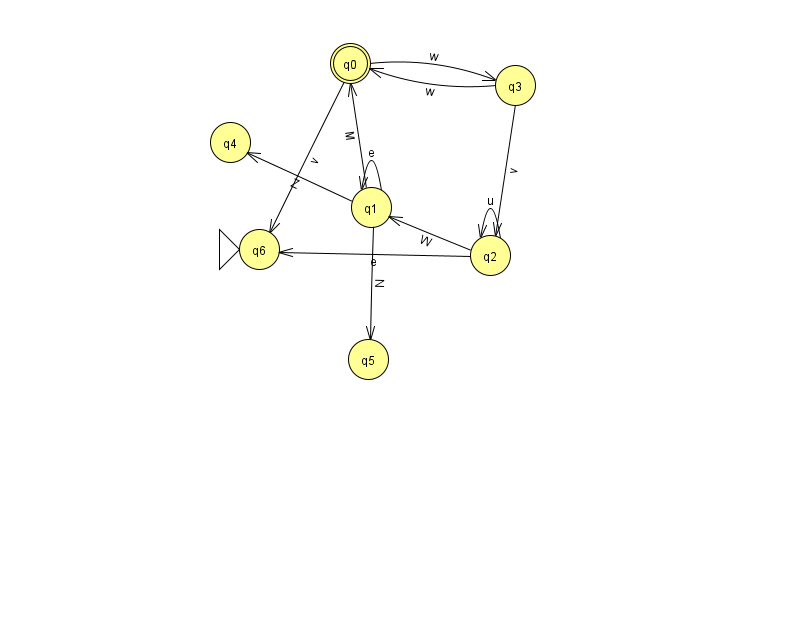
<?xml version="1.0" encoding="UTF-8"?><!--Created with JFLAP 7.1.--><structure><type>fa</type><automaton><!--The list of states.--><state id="0" name="q0"><x>350.0</x><y>50.0</y><final/></state><state id="1" name="q1"><x>371.0</x><y>194.0</y></state><state id="2" name="q2"><x>490.0</x><y>242.0</y></state><state id="3" name="q3"><x>515.0</x><y>72.0</y></state><state id="4" name="q4"><x>230.0</x><y>129.0</y></state><state id="5" name="q5"><x>368.0</x><y>346.0</y></state><state id="6" name="q6"><x>259.0</x><y>236.0</y><initial/></state><!--The list of transitions.--><transition><from>1</from><to>0</to><read>M</read></transition><transition><from>1</from><to>4</to><read>Z</read></transition><transition><from>1</from><to>5</to><read>N</read></transition><transition><from>1</from><to>1</to><read>e</read></transition><transition><from>2</from><to>2</to><read>u</read></transition><transition><from>0</from><to>6</to><read>v</read></transition><transition><from>0</from><to>3</to><read>w</read></transition><transition><from>3</from><to>0</to><read>w</read></transition><transition><from>2</from><to>1</to><read>W</read></transition><transition><from>3</from><to>2</to><read>v</read></transition><transition><from>2</from><to>6</to><read>e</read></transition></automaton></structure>